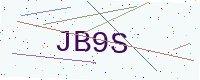
Text: JB9S